Indian journal of veterinary science and animal husbandry - Volume 13,
Year: 1943
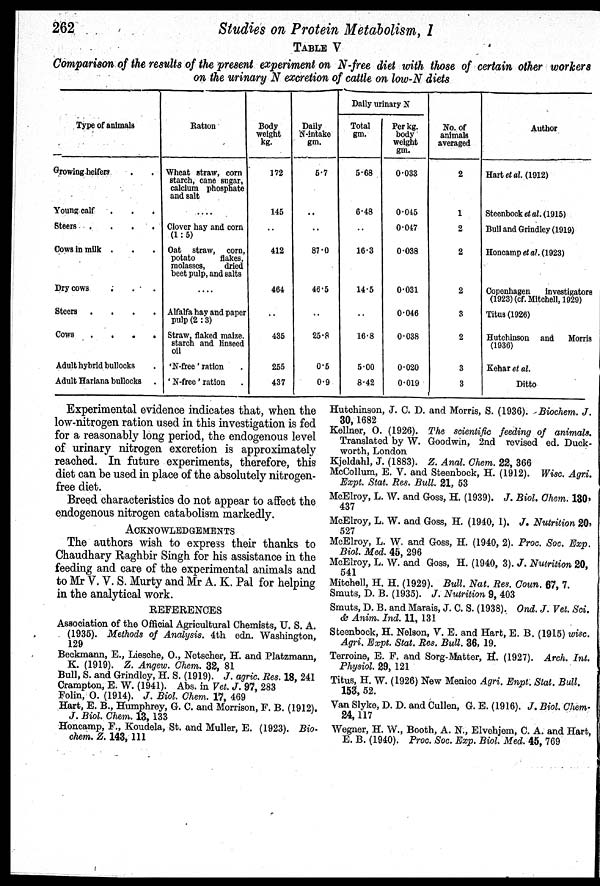
262
Studies on Protein Metabolism, 1
TABLE V
Comparison of the results of the present experiment on N-free diet with those of certain other workers
on the urinary N excretion of cattle on low-N diets
Type of animals
Growing heifers . .
Young calf . . .
Steers .
.
.
.
Cows in milk . . .
Dry cows . . .
Steers .
.
.
.
Cows
.
.
.
.
Adult hybrid bullocks .
Adult Hariana bullocks .
Ration
Wheat straw, corn
starch, cane sugar,
calcium phosphate
and salt
Clover hay and corn
(1:5)
Oat straw, corn,
potato
flakes,
molasses,
dried
beet pulp, and salts
....
Alfalfa hay and paper
pulp (2:3)
Straw, flaked maize.
starch and linseed
oil
'N-free' ration .
'N-free' ration .
Body
weight
kg.
172
145
..
412
464
..
435
255
437
Daily
N-intake
gm.
5.7
..
..
87.0
46.5
..
25.8
0.5
0.9
Daily urinary N
Total
gm.
5.68
6.48
..
16.3
14.5
..
16.8
5.00
8.42
Per kg.
body
weight
gm.
0.033
0.045
0.047
0.038
0.031
0.046
0.038
0.020
0.019
No. of
animals
averaged
2
1
2
2
2
3
2
3
3
Author
Hart et al. (1912)
Steenbock et al. (1915)
Bull and Grindley (1919)
Honcamp et al. (1923)
Copenhagen
investigators
(1923) (of. Mitchell, 1929)
Titus (1926)
Hutchinson and Morris
(1936)
Kehar et al.
Ditto
Experimental evidence indicates that, when the
low-nitrogen ration used in this investigation is fed
for a reasonably long period, the endogenous level
of urinary nitrogen excretion is approximately
reached. In future experiments, therefore, this
diet can be used in place of the absolutely nitrogen-
free diet.
Breed characteristics do not appear to affect the
endogenous nitrogen catabolism markedly.
ACKNOWLEDGEMENTS
The authors wish to express their thanks to
Chaudhary Raghbir Singh for his assistance in the
feeding and care of the experimental animals and
to Mr V. V. S. Murty and Mr A. K. Pal for helping
in the analytical work.
REFERENCES
Association of the Official Agricultural Chemists, U. S. A.
(1935). Methods of Analysis. 4th edn. Washington,
129
Beckmann, E., Liesche, O., Netscher, H. and Platzmann,
K. (1919). Z. Angew. Chem. 32, 81
Bull, S. and Grindley, H. S. (1919). J. agric. Res. 18, 241
Crampton, E. W. (1941). Abs. in Vet. J. 97, 283
Folin, O. (1914). J. Biol. Chem. 17, 469
Hart, E. B., Humphrey, G. C. and Morrison, F. B. (1912).
J. Biol. Chem. 13, 133
Honcamp, F., Koudela, St. and Muller, E. (1923). Bio-
chem. Z. 143, 111
Hutchinson, J. C. D. and Morris, S. (1936). Biochem. J.
30, 1682
Kellner, O. (1926). The scientific feeding of animals.
Translated by W. Goodwin, 2nd revised ed. Duck-
worth, London
Kjeldahl, J. (1883). Z. Anal. Chem. 22, 366
McCollum, E. V. and Steenbock, H. (1912). Wisc. Agri.
Expt. Stat. Res. Bull. 21, 53
McElroy, L. W. and Goss, H. (1939). J. Biol. Chem. 130,
437
McElroy, L. W. and Goss, H. (1940, 1). J. Nutrition 20,
527
McElroy, L. W. and Goss, H. (1940, 2). Proc. Soc. Exp.
Biol. Med. 45, 296
McElroy, L. W. and Goss, H. (1940, 3). J. Nutrition 20,
541
Mitchell, H. H. (1929). Bull. Nat. Res. Coun. 67, 7.
Smuts, D. B. (1935). J. Nutrition 9, 403
Smuts, D. B. and Marais, J. C. S. (1938). Ond. J. Vet. Sci.
& Anim. Ind. 11, 131
Steenbock, H. Nelson, V. E. and Hart, E. B. (1915) wisc.
Agri. Expt. Stat. Res. Bull. 36, 19.
Terroine, E. F. and Sorg-Matter, H. (1927). Arch. Int.
Physiol. 29, 121
Titus, H. W. (1926) New Menico Agri. Enpt. Stat. Bull.
153, 52.
Van Slyke, D. D. and Cullen, G. E. (1916). J. Biol. Chem-
24, 117
Wegner, H. W., Booth, A. N., Elvehjem, C. A. and Hart,
E. B. (1940). Proc. Soc. Exp. Biol. Med. 45, 769